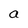
Character: a